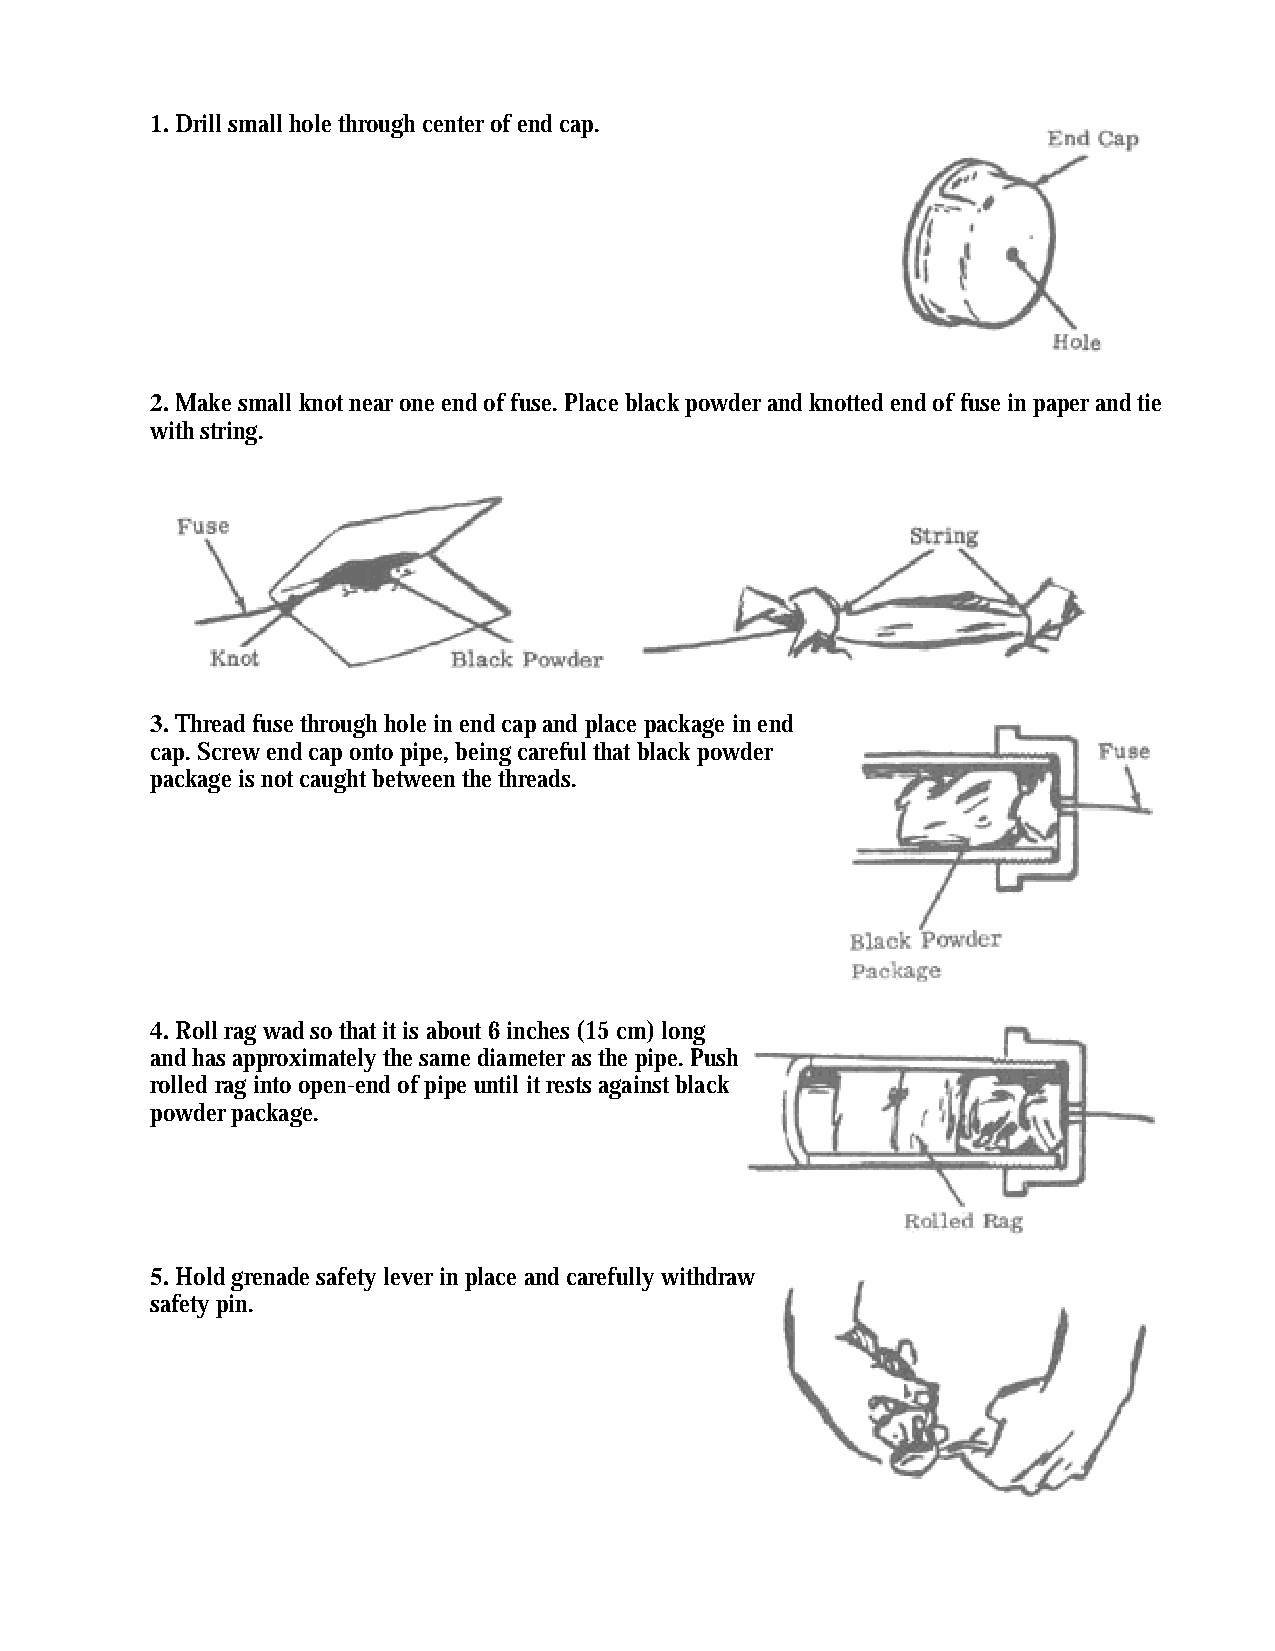
1. Drill small hole through center of end cap.
 2. Make small knot near one end of fuse. Place black powder and knotted end of fuse in paper and tie
 with string.
 3. Thread fuse through hole in end cap and place package in end
 cap. Screw end cap onto pipe, being careful that black powder
 package is not caught between the threads.
 4. Roll rag wad so that it is about 6 inches (15 cm) long
 and has approximately the same diameter as the pipe. Push
 rolled rag into open-end of pipe until it rests against black
 powder package.
 5. Hold grenade safety lever in place and carefully withdraw
 safety pin.